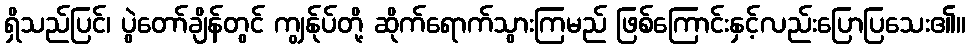
ရှိသည်ပြင်၊ ပွဲတော်ချိန်တွင် ကျွန်ုပ်တို့ ဆိုက်ရောက်သွားကြမည် ဖြစ်ကြောင်းနှင့်လည်းပြောပြသေး၏။